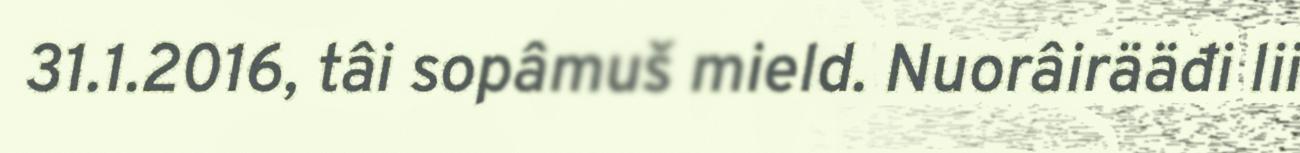
31.1.2016, tâi sopâmuš mield. Nuorâirääđi lii